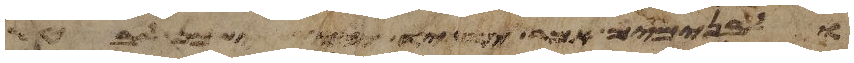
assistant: ולבנימים אמר יד יד יהוה ישכן לבטח